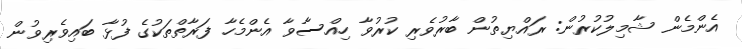
އެންމެން ޝާމިލުކުރުން: ރައްޔިތުން ބާރުވެރި ކުރުވާ ހިއްސާވާ އެންމެހާ ފަރާތްތަކުގެ ފުޅާ ބައިވެރިވުން